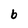
Character: b